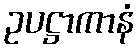
ဥပဋ္ဌာကာနံ